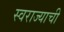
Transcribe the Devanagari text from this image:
स्‍वराज्याची